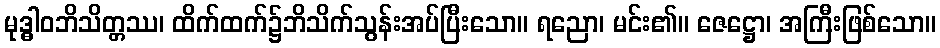
မုဒ္ဓါဝဘိသိတ္တဿ၊ ထိက်ထက်၌ဘိသိက်သွန်းအပ်ပြီးသော။ ရညော၊ မင်း၏။ ဇေဋ္ဌော၊ အကြီးဖြစ်သော။